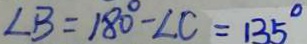
\angle B = 1 8 0 ^ { \circ } - \angle C = 1 3 5 ^ { \circ }